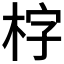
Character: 𣑑